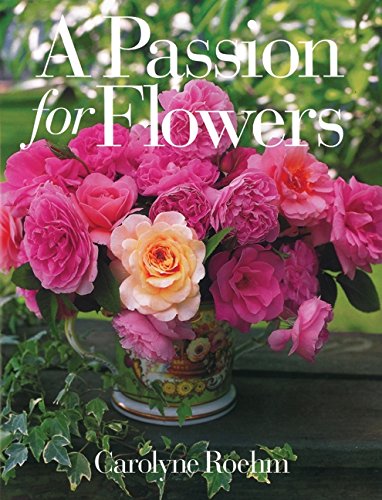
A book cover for A Passion for Flowers; Carolyne Roehm; Crafts, Hobbies & Home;